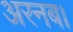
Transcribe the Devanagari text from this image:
अरनब।